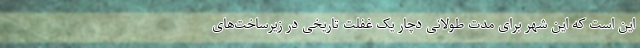
این است که این شهر برای مدت طولانی دچار یک غفلت تاریخی در زیرساخت‌های